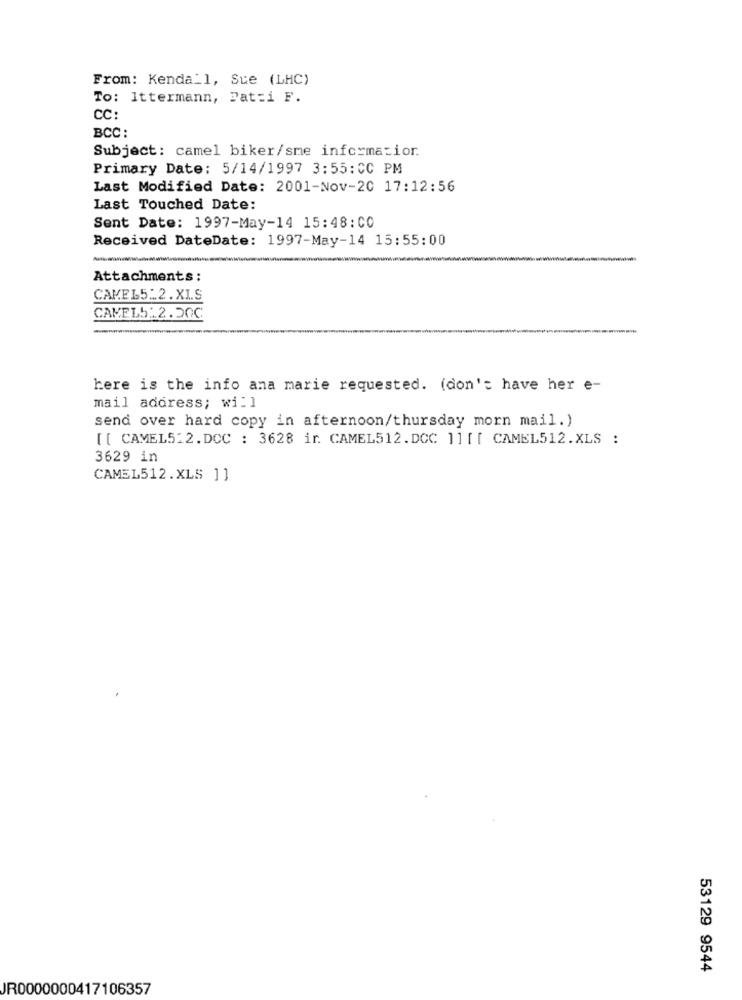
From: Kendall, Sue (LHC)
To: Ittermann, Pat:i F.
CC:
BCC :
Subject: camel biker/sme information.
Primary Date: 5/14/1997 3:55:CC PM
Last Modified Date: 2001-Nov-20 17:12:56
Last Touched Date:
Sent Date: 1997-May-14 15:48:CO
Received DateDate: 1997-May-14 15:55:00
Attachments:
CAMEL5-2.XLS
CAMELS: 2.20℃
here is the info ana marie requested. (don't have her e-
mail address; will
send over hard copy in afternoon/thursday morn mail.)
[[ CAMEL512.DCC : 3628 ir. CAMEL512.DCC ]][[ CAMEL512.XLS :
3629 in
CAMEL512.XLS ]]
53129 9544
JR0000000417106357